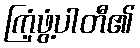
ကြံ့ဖွံ့ပါတီ၏